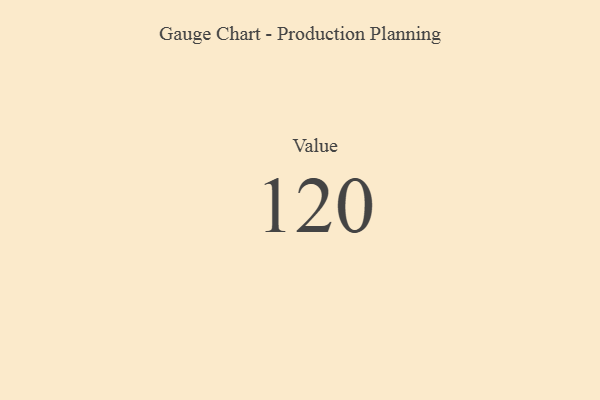
{"axis": {"x": "Metric", "y": "Value"}, "legend": [""], "data": [{"x": "Value", "y": 120, "type": ""}]}